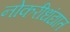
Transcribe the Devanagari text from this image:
नोकरीधंद्यात